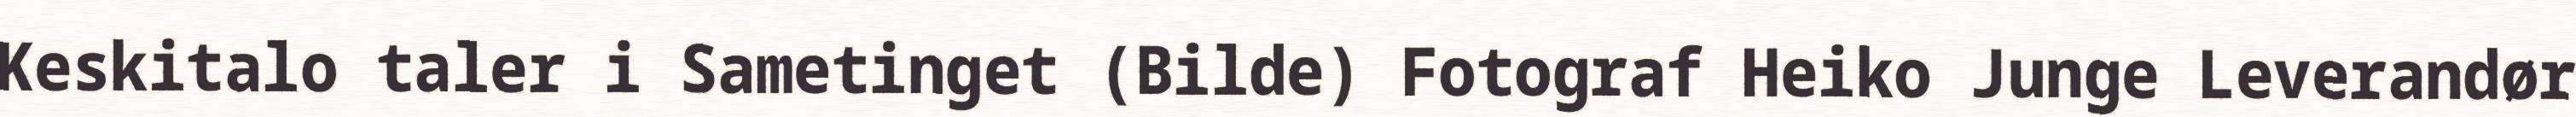
Keskitalo taler i Sametinget (Bilde) Fotograf Heiko Junge Leverandør